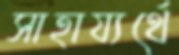
সাহায্যর্থে